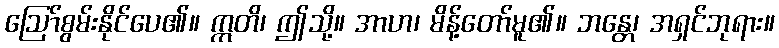
ဩော်စွမ်းနိုင်ပေ၏။ ဣတိ၊ ဤသို့။ အာဟ၊ မိန့်တော်မူ၏။ ဘန္တေ၊ အရှင်ဘုရား။